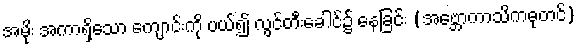
အမိုး အကာရှိသော ကျောင်းကို ပယ်၍ လွင်တီးခေါင်၌ နေခြင်း (အဗ္ဘောကာသိကဓုတင်)